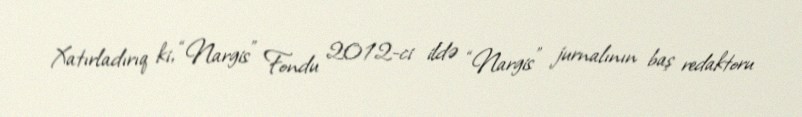
Xatırladırıq ki, “Nargis” Fondu 2012-ci ildə “Nargis” jurnalının baş redaktoru